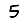
Digit: 5